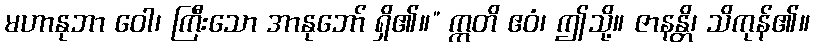
မဟာနုဘာ ဝေါ၊ ကြီးသော အာနုဘော် ရှိ၏။” ဣတိ ဧဝံ၊ ဤသို့။ ဇာနန္တိ၊ သိကုန်၏။